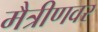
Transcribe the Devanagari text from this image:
मैत्रीणवर